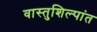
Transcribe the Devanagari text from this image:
वास्तुशिल्पांत